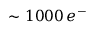
\sim 1 0 0 0 \, e ^ { - }